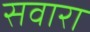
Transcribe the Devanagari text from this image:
सवारा